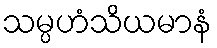
သမ္ပဟံသိယမာနံ